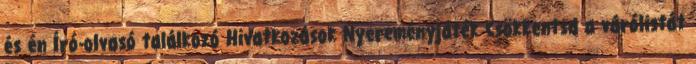
és én Író-olvasó találkozó Hivatkozások Nyereményjáték Csökkentsd a várólistát